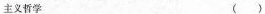
主义哲学 ()